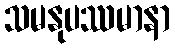
သမနုပဿမာနာ